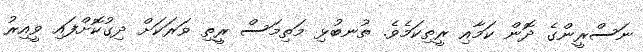
ނަސްރީންގެ ދޮން ކަމާއި ރީތިކަމެވެ. ތުނބުޅި މަތިމަސް ރީތި ވަރަކަށް ދިގުކޮށްފައި ވީއިރު